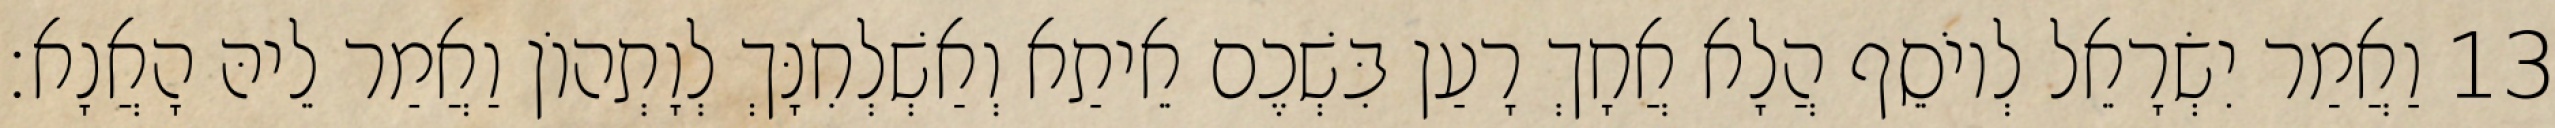
13 וַאֲמַר יִשְׂרָאֵל לְיוֹסֵף הֲלָא אֲחָךְ רָעַן בִּשְׁכֶם אֵיתַא וְאַשְׁלְחִנָּךְ לְוָתְהוֹן וַאֲמַר לֵיהּ הָאֲנָא׃